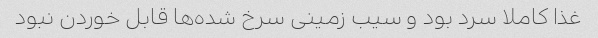
غذا کاملا سرد بود و سیب زمینی سرخ شده‌ها قابل خوردن نبود